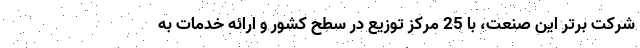
شرکت برتر این صنعت، با 25 مرکز توزیع در سطح کشور و ارائه خدمات به